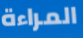
المراءة